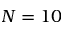
N = 1 0